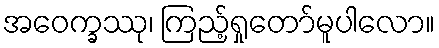
အဝေက္ခဿု၊ ကြည့်ရှုတော်မူပါလော။